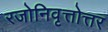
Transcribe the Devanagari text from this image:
रजोनिवृत्तोत्तर